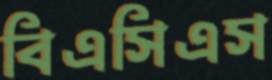
বিএসিএস